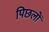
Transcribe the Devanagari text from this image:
पिछलों